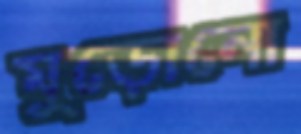
মুড়োনো